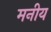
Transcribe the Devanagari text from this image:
मनीय